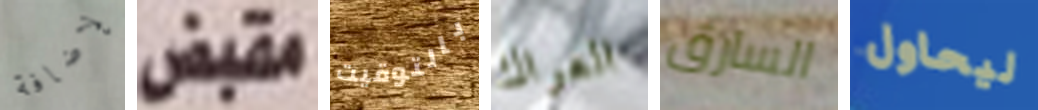
لإضافة مقبض بالتوقيت العراك السارق ليحاول